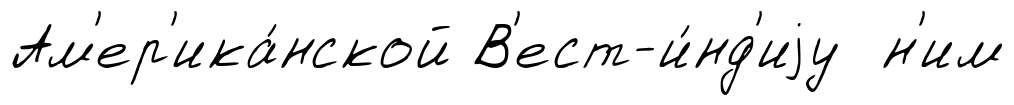
Ам'ер'ика́нской В'ест-и́нд'иjу н'им